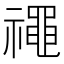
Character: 𥜐